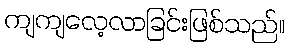
ကျကျလေ့လာခြင်းဖြစ်သည်။